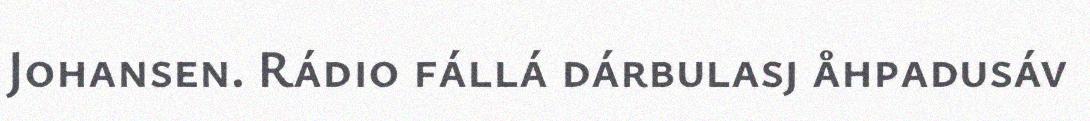
Johansen. Rádio fállá dárbulasj åhpadusáv